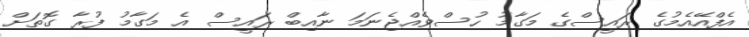
އެފްއޭއެމުގެ ރައީސްގެ މަގާމު ހުސްވެއްޖެނަމަ ނާއިބް ރައީސް އެ މަގާމު ފުރާ ގޮތަށް